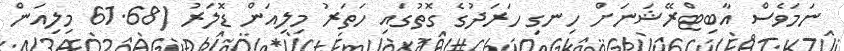
ނަމަވެސް އާބިޓްރޭޝަނަށް ހިނގި ހަރަދުގެ ގޮތުގައި ހަތަރު މިލިއަން ޑޮލަރު (61.68 މިލިއަން